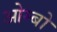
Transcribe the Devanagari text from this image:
ओम्बो